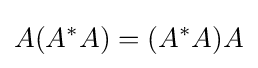
A(A^{*}A)=(A^{*}A)A